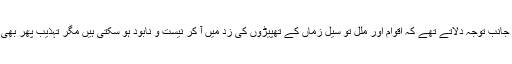
وہ اس بات کی جانب توجہ دلاتے تھے کہ اقوام اور ملل تو سیل زماں کے تھپیڑوں کی زد میں آ کر نیست و نابود ہو سکتی ہیں مگر تہذیب پھر بھی باقی رہتی ہے۔